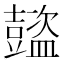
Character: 𧰕